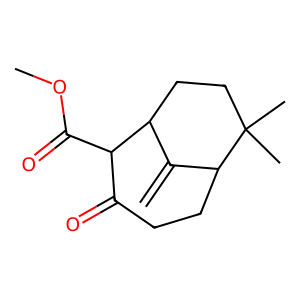
SMILES: C=C1C2CCC(C)(C)C1CCC(=O)C2C(=O)OC
Inhibits HIV replication: No